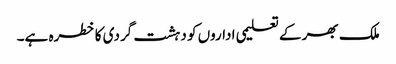
ملک بھر کے تعلیمی اداروں کو دہشت گردی کا خطرہ ہے۔